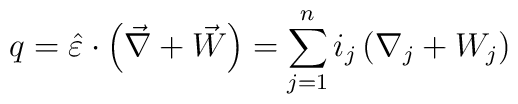
q = \hat{\varepsilon} \cdot \left( \vec{\nabla} +  \vec{W} \right) = \sum_{j=1}^n i_j  \left( \nabla_j +  W_j \right)